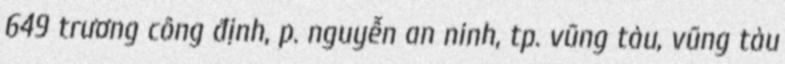
649 trương công định, p. nguyễn an ninh, tp. vũng tàu, vũng tàu